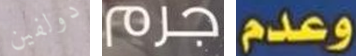
دولفين جرم وعدم